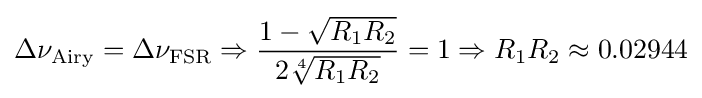
\Delta \nu _{\rm {Airy}}=\Delta \nu _{\rm {FSR}}\Rightarrow {\frac {1-{\sqrt {R_{1}R_{2}}}}{2{\sqrt[{4}]{R_{1}R_{2}}}}}=1\Rightarrow R_{1}R_{2}\approx 0.02944